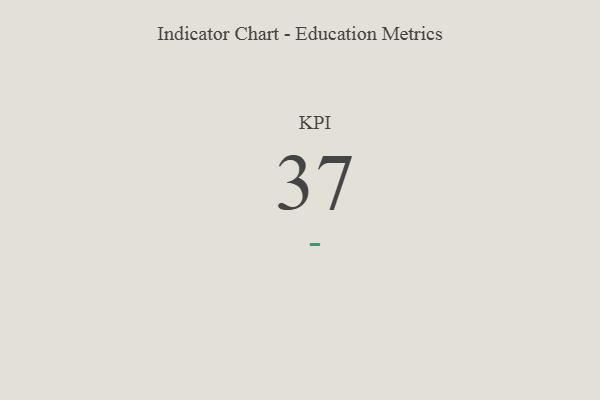
{"axis": {"x": "KPI", "y": "Value"}, "legend": [""], "data": [{"x": "KPI", "y": 37, "type": ""}]}